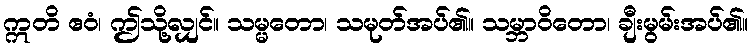
ဣတိ ဧဝံ၊ ဤသို့လျှင်။ သမ္မတော၊ သမုတ်အပ်၏။ သမ္ဘာဝိတော၊ ချီးမွမ်းအပ်၏။